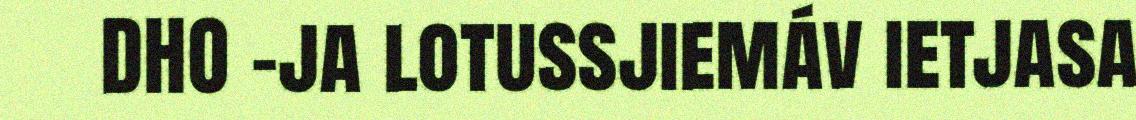
DHO -ja lotussjiemáv ietjasa